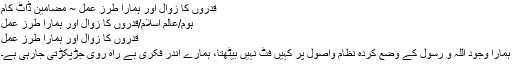
قدروں کا زوال اور ہمارا طرز عمل ~ مضامین ڈاٹ کام
ہوم/عالم اسلام/قدروں کا زوال اور ہمارا طرز عمل
قدروں کا زوال اور ہمارا طرز عمل
ہمارا وجود اللہ و رسول کے وضع کردہ نظام واصول پر کہیں فٹ نہیں بیٹھتا، ہمارے اندر فکری بے راہ روی جڑپکڑتی جارہی ہے۔